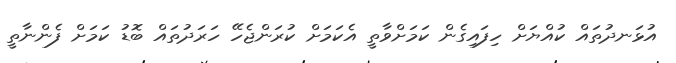
އުޅަނދުތައް ކުއްޔަށް ހިފައިގެން ކަމަށްވާތީ އެކަމަށް ކުރަންޖެހޭ ހަރަދުތައް ބޮޑު ކަމަށް ފެންނާތީ